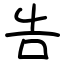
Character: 告